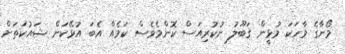
މޯނާގެ ވާހަކަ މުޅީން ޤަބޫލު ނުކުރިއަސް ކޮންމެވެސް ކަމެއް އެބަ އުޅޭކަން ޝައުކަތަށް